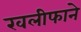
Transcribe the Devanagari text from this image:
खलीफाने